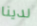
لدينا